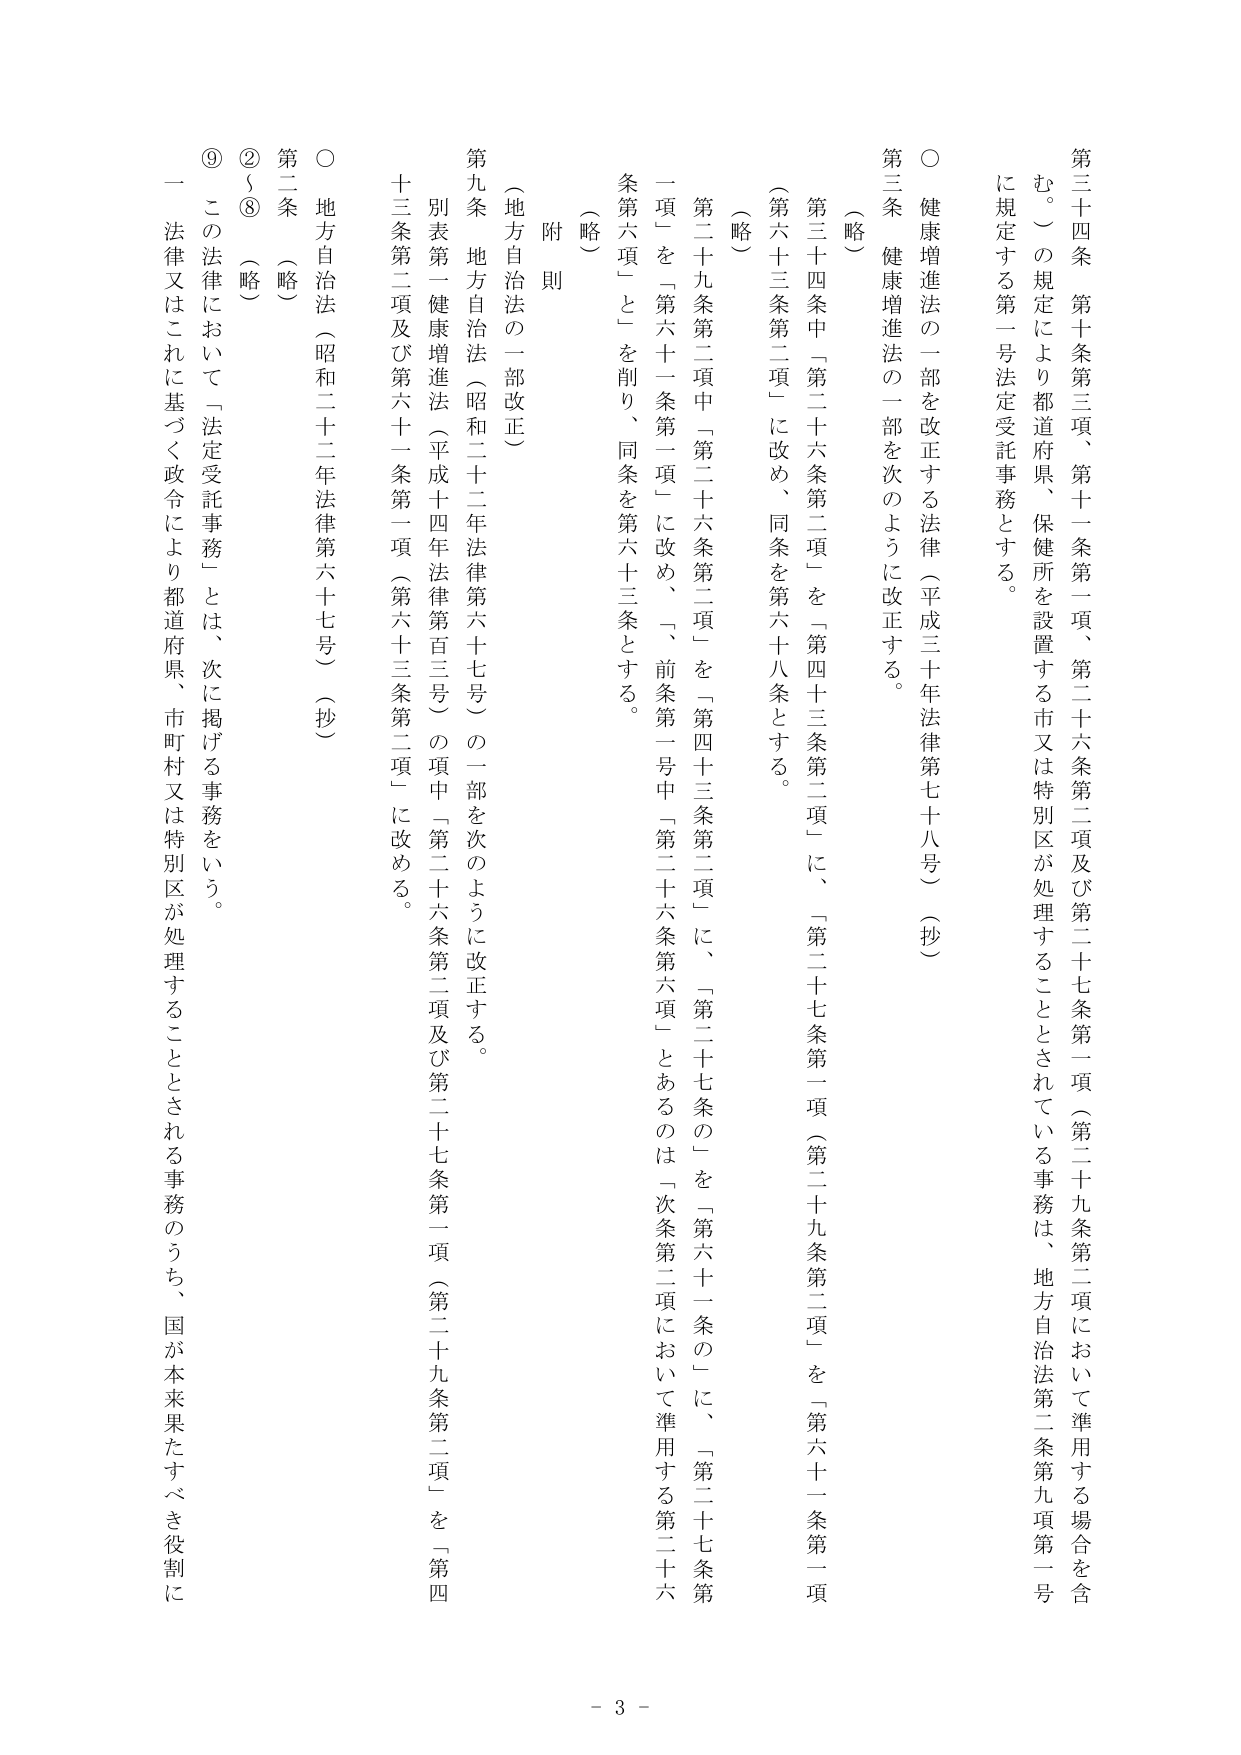
第三十四条　第十条第三項、第十一条第一項、第二十六条第二項及び第二十七条第一項（第二十九条第二項において準用する場合を含む。）の規定により都道府県、保健所を設置する市又は特別区が処理することとされている事務は、地方自治法第二条第九項第一号に規定する第一号法定受託事務とする。

○　健康増進法の一部を改正する法律（平成三十年法律第七十八号）（抄）

第三条　健康増進法の一部を次のように改正する。

（略）

第三十四条中「第二十六条第二項」を「第四十三条第二項」に、「第二十七条第一項（第二十九条第二項）」を「第六十一条第一項（第六十三条第二項）」に改め、同条を第六十八条とする。

（略）

第二十九条第三項中「第二十六条第二項」を「第四十三条第三項」に、「第二十七条の」を「第六十一条の」に、「第二十七条第一項」を「第六十一条第一項」に改め、「、前条第一号中「第二十六条第六項」とあるのは「次条第二項において準用する第二十六条第六項」と」を削り、同条を第六十三条とする。

（略）

附則

（地方自治法の一部改正）

第九条　地方自治法（昭和二十二年法律第六十七号）の一部を次のように改正する。

別表第一健康増進法（平成二十四年法律第百三号）の項中「第二十六条第二項及び第二十七条第一項（第二十九条第二項）」を「第四十三条第二項及び第六十一条第一項（第六十三条第二項）」に改める。

○　地方自治法（昭和二十二年法律第六十七号）（抄）

第二条　（略）

②～⑧　（略）

⑨　この法律において「法定受託事務」とは、次に掲げる事務をいう。

一　法律又はこれに基づく政令により都道府県、市町村又は特別区が処理することとされる事務のうち、国が本来果たすべき役割に

- 3 -